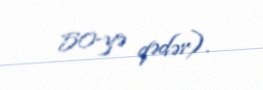
50-yə qədər).